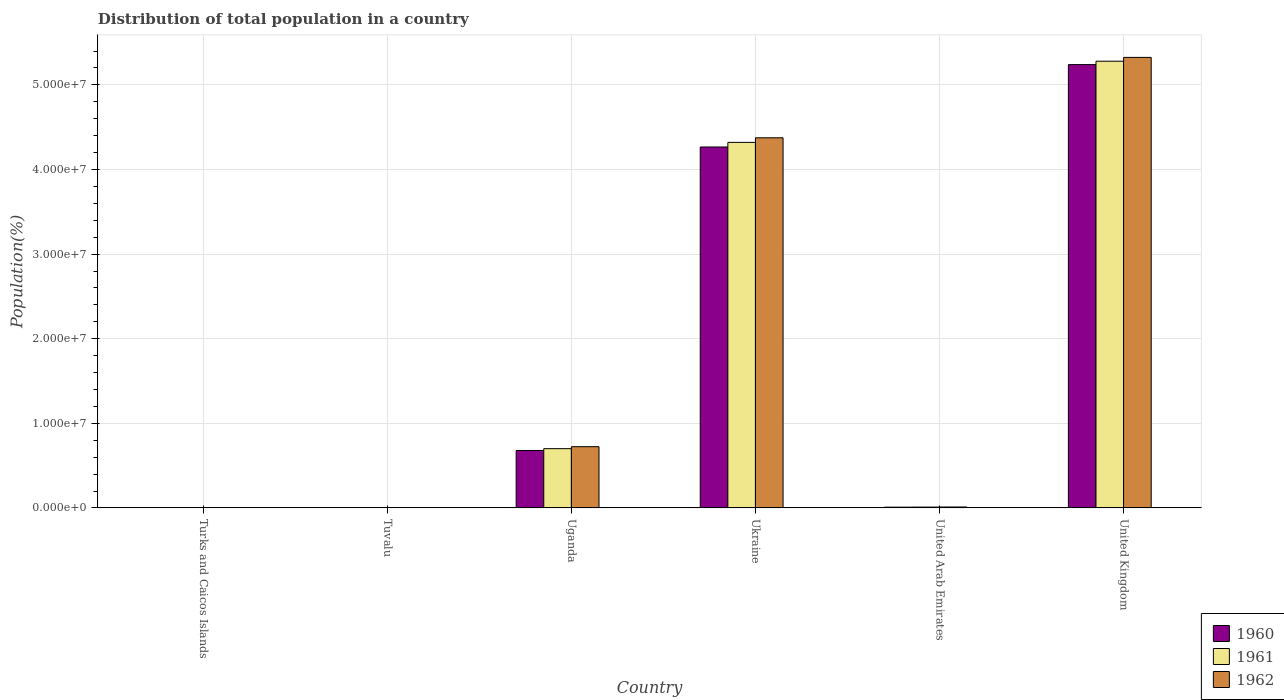
| Country | 1960 | 1961 | 1962 |
 | --- | --- | --- | --- |
 | Turks and Caicos Islands | 5.72e+03 | 5.76e+03 | 5.76e+03 |
 | Tuvalu | 6.1e+03 | 6.24e+03 | 6.39e+03 |
 | Uganda | 6.79e+06 | 7.01e+06 | 7.24e+06 |
 | Ukraine | 4.27e+07 | 4.32e+07 | 4.37e+07 |
 | United Arab Emirates | 9.26e+04 | 1.01e+05 | 1.12e+05 |
 | United Kingdom | 5.24e+07 | 5.28e+07 | 5.32e+07 |